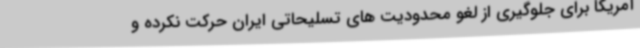
آمریکا برای جلوگیری از لغو محدودیت های تسلیحاتی ایران حرکت نکرده و